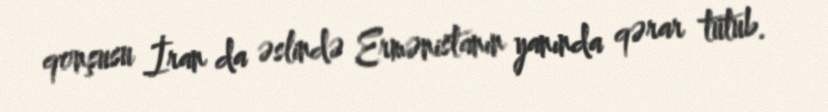
qonşusu İran da əslində Ermənistanın yanında qərar tutub.